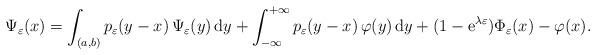
LaTeX: \begin{align*}\Psi_{\varepsilon}(x)=\int_{(a,b)} p_{\varepsilon}(y-x)\,\Psi_{\varepsilon}(y)\,\mathrm{d}y+\int_{-\infty}^{+\infty} p_{\varepsilon}(y-x)\,\varphi(y)\,\mathrm{d}y+(1-\mathrm{e}^{\lambda \varepsilon})\Phi_{\varepsilon}(x)-\varphi(x).\end{align*}